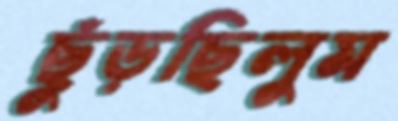
ছুঁড়ছিলুম